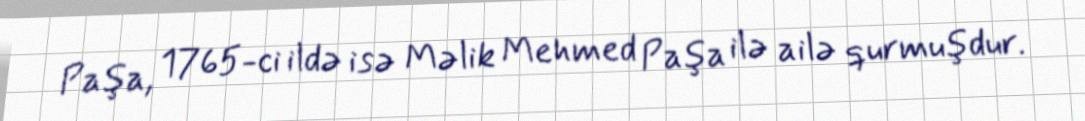
Paşa, 1765-ci ildə isə Məlik Mehmed Paşa ilə ailə qurmuşdur.